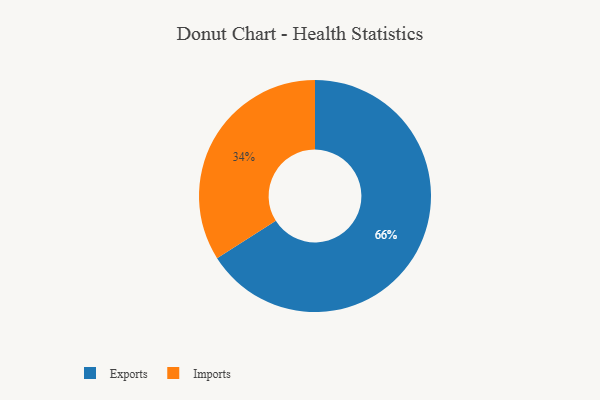
{"axis": {"x": "Category", "y": "Percentage"}, "legend": ["Exports", "Imports"], "data": [{"x": "Exports", "y": 66, "type": "Exports"}, {"x": "Imports", "y": 34, "type": "Imports"}]}